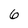
Character: 6